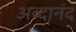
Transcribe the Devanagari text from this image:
अव्दानंद